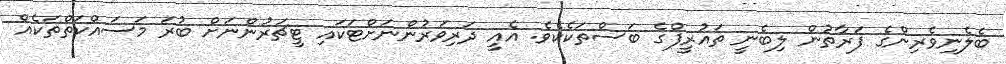
ބެލެނިވެރިންގެ ފަރާތުން ލިބެނީ ތައުރީފްގެ ބަސްތަކެކެވެ. އެއީ ދަރިވަރުންނަށްޓަކައި ޓީޗަރުންނަށް ބުރަ މަސައްކަތްތަކެއް